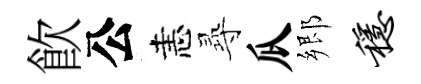
飮公恚𡬶瓜郷稳